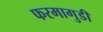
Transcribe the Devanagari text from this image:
फरमागुडी